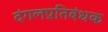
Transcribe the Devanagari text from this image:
दंगलप्रतिबंधक